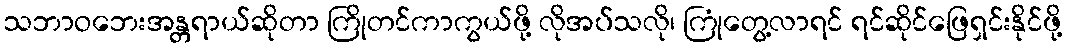
သဘာဝဘေးအန္တရာယ်ဆိုတာ ကြိုတင်ကာကွယ်ဖို့ လိုအပ်သလို၊ ကြုံတွေ့လာရင် ရင်ဆိုင်ဖြေရှင်းနိုင်ဖို့